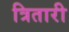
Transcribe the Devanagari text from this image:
त्रितारी